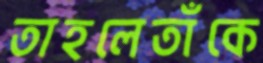
তাহলেতাঁকে